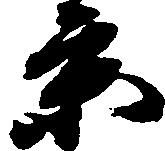
京